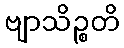
ဗျာသိဉ္စတိ